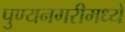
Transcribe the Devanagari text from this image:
पुण्यनगरीमध्ये